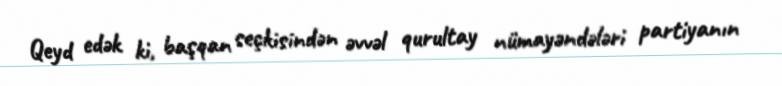
Qeyd edək ki, başqan seçkisindən əvvəl qurultay nümayəndələri partiyanın